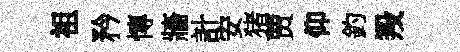
祖矜慱牆計安猪贾仰釣羖